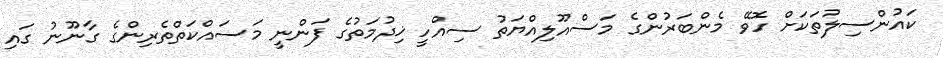
ކައުންސިލުތަކަށް ހޮވޭ މެންބަރުންގެ މަސްއޫލިއްޔަތު ސިއްހީ ޚިދުމަތުގެ ފަންނީ މަސައްކަތްތެރިންގެ ގާނޫނު ގައި